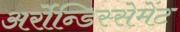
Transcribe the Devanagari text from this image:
अर्रोन्डिस्सेमेंट